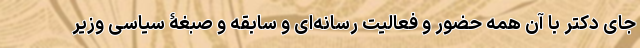
جای دکتر با آن همه حضور و فعالیت رسانه‌ای و سابقه و صبغۀ سیاسی وزیر